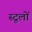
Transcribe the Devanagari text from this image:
स्टूलों